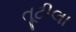
તૂટીલા